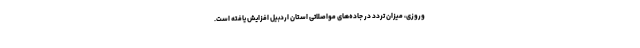
وروزی، میزان تردد در جاده‌های مواصلاتی استان اردبیل افزایش یافته است.